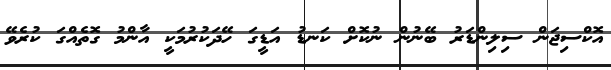
އޮކްސިޖަން ސިލިންޑަރު ބޭނުން ނުކޮށް ކަނޑު އަޑީގަ ހޭދަކުރުމަކީ އާންމު ގޮތެއްގަ ކުރެވޭ